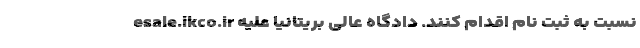
esale.ikco.ir نسبت به ثبت نام اقدام کنند. دادگاه عالی بریتانیا علیه